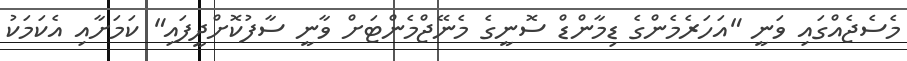
މެސެޖެއްގައި ވަނީ "އަހަރެމެންގެ ޑިމާންޑް ސޮނީގެ މެނޭޖްމެންޓަށް ވާނީ ސާފުކޮށްދީފައި" ކަމަށާއި އެކަމަކު